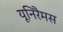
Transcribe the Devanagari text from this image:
यूनिरैमस